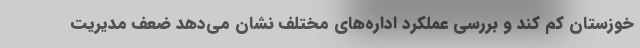
خوزستان کم کند و بررسی عملکرد اداره‌های مختلف نشان می‌دهد ضعف مدیریت